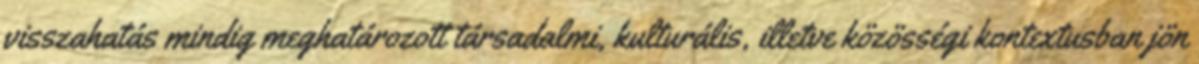
visszahatás mindig meghatározott társadalmi, kulturális, illetve közösségi kontextusban jön